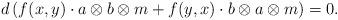
LaTeX: \begin{align*}d\left( f(x,y) \cdot a \otimes b \otimes m + f(y,x) \cdot b \otimes a \otimes m \right) = 0.\end{align*}